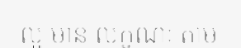
ល្អ មាន លក្ខណៈ តាម